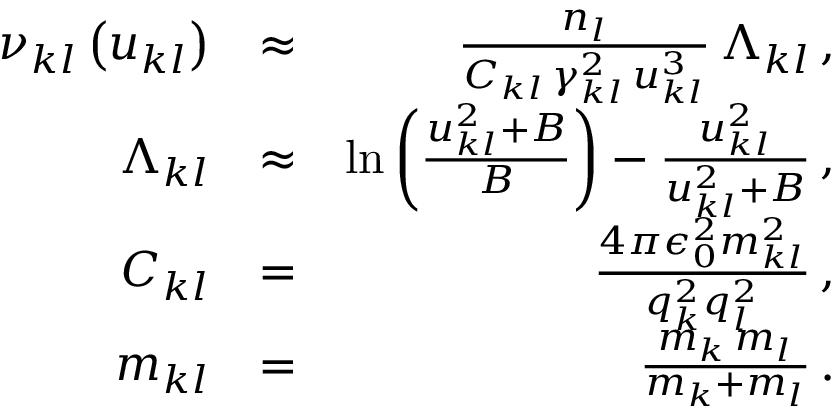
\begin{array} { r l r } { \nu _ { k l } \left( u _ { k l } \right) } & { \approx } & { \frac { n _ { l } } { C _ { k l } \, \gamma _ { k l } ^ { 2 } \, u _ { k l } ^ { 3 } } \, \Lambda _ { k l } \, , } \\ { \Lambda _ { k l } } & { \approx } & { \ln \left( \frac { u _ { k l } ^ { 2 } + B } { B } \right) - \frac { u _ { k l } ^ { 2 } } { u _ { k l } ^ { 2 } + B } \, , } \\ { C _ { k l } } & { = } & { \frac { 4 \pi \epsilon _ { 0 } ^ { 2 } m _ { k l } ^ { 2 } } { q _ { k } ^ { 2 } q _ { l } ^ { 2 } } \, , } \\ { m _ { k l } } & { = } & { \frac { m _ { k } \, m _ { l } } { m _ { k } + m _ { l } } \, . } \end{array}